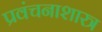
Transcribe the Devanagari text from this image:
प्रवंचनाशास्त्र